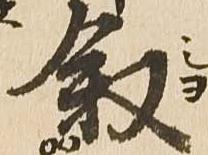
叙